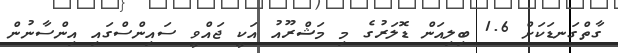
ގާތްގަނޑަކަށް 1.6 ބިލިއަން ޑޮލަރުގެ މި މަޝްރޫއު އަކީ ޖައްވީ ސައިންސްގައި އިންސާނުން